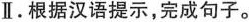
Ⅱ.根据汉语提示，完成句子.。